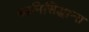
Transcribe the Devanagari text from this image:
ध्वनिसिद्धान्त